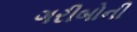
ગરીબોની